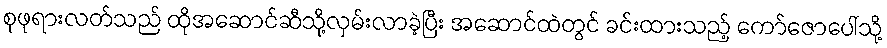
စုဖုရားလတ်သည် ထိုအဆောင်ဆီသို့လှမ်းလာခဲ့ပြီး အဆောင်ထဲတွင် ခင်းထားသည့် ကော်ဇောပေါ်သို့